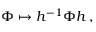
\Phi \mapsto h ^ { - 1 } \Phi h \, ,